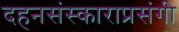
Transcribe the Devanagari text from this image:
दहनसंस्काराप्रसंगी